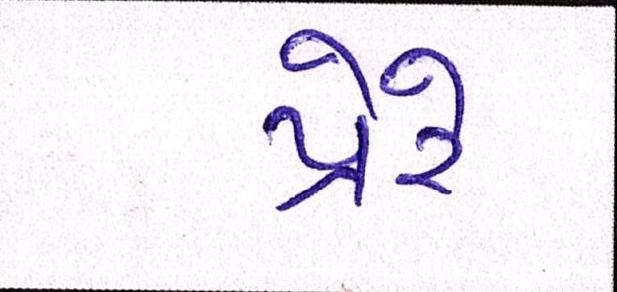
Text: પ્રેરે